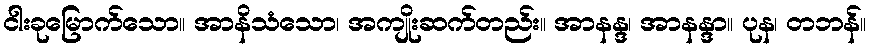
ငါးခုမြောက်သော။ အာနိသံသော၊ အကျိုးဆက်တည်း။ အာနန္ဒ၊ အာနန္ဒာ။ ပုန၊ တဘန်။